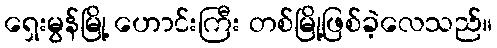
ရှေးမွန်မြို့ ဟောင်းကြီး တစ်မြို့ဖြစ်ခဲ့လေသည်။